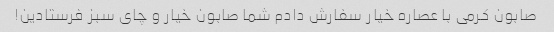
صابون کرمی با عصاره خیار سفارش دادم شما صابون خیار و چای سبز فرستادین!